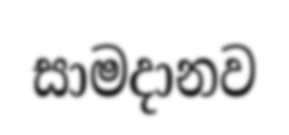
සාමදානව